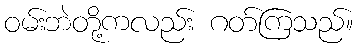
ဝမ်းဘဲတို့ကလည်း ဂတ်ကြသည်။